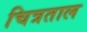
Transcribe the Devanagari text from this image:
चित्रताल